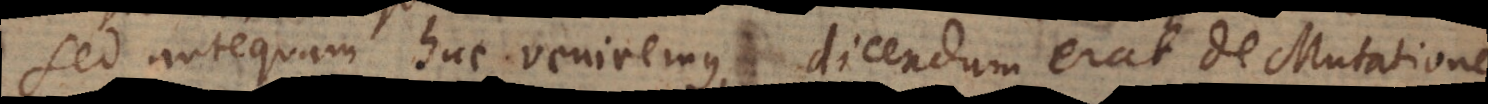
Sed antequam huc veniremus, dicendum erat de Mutatione